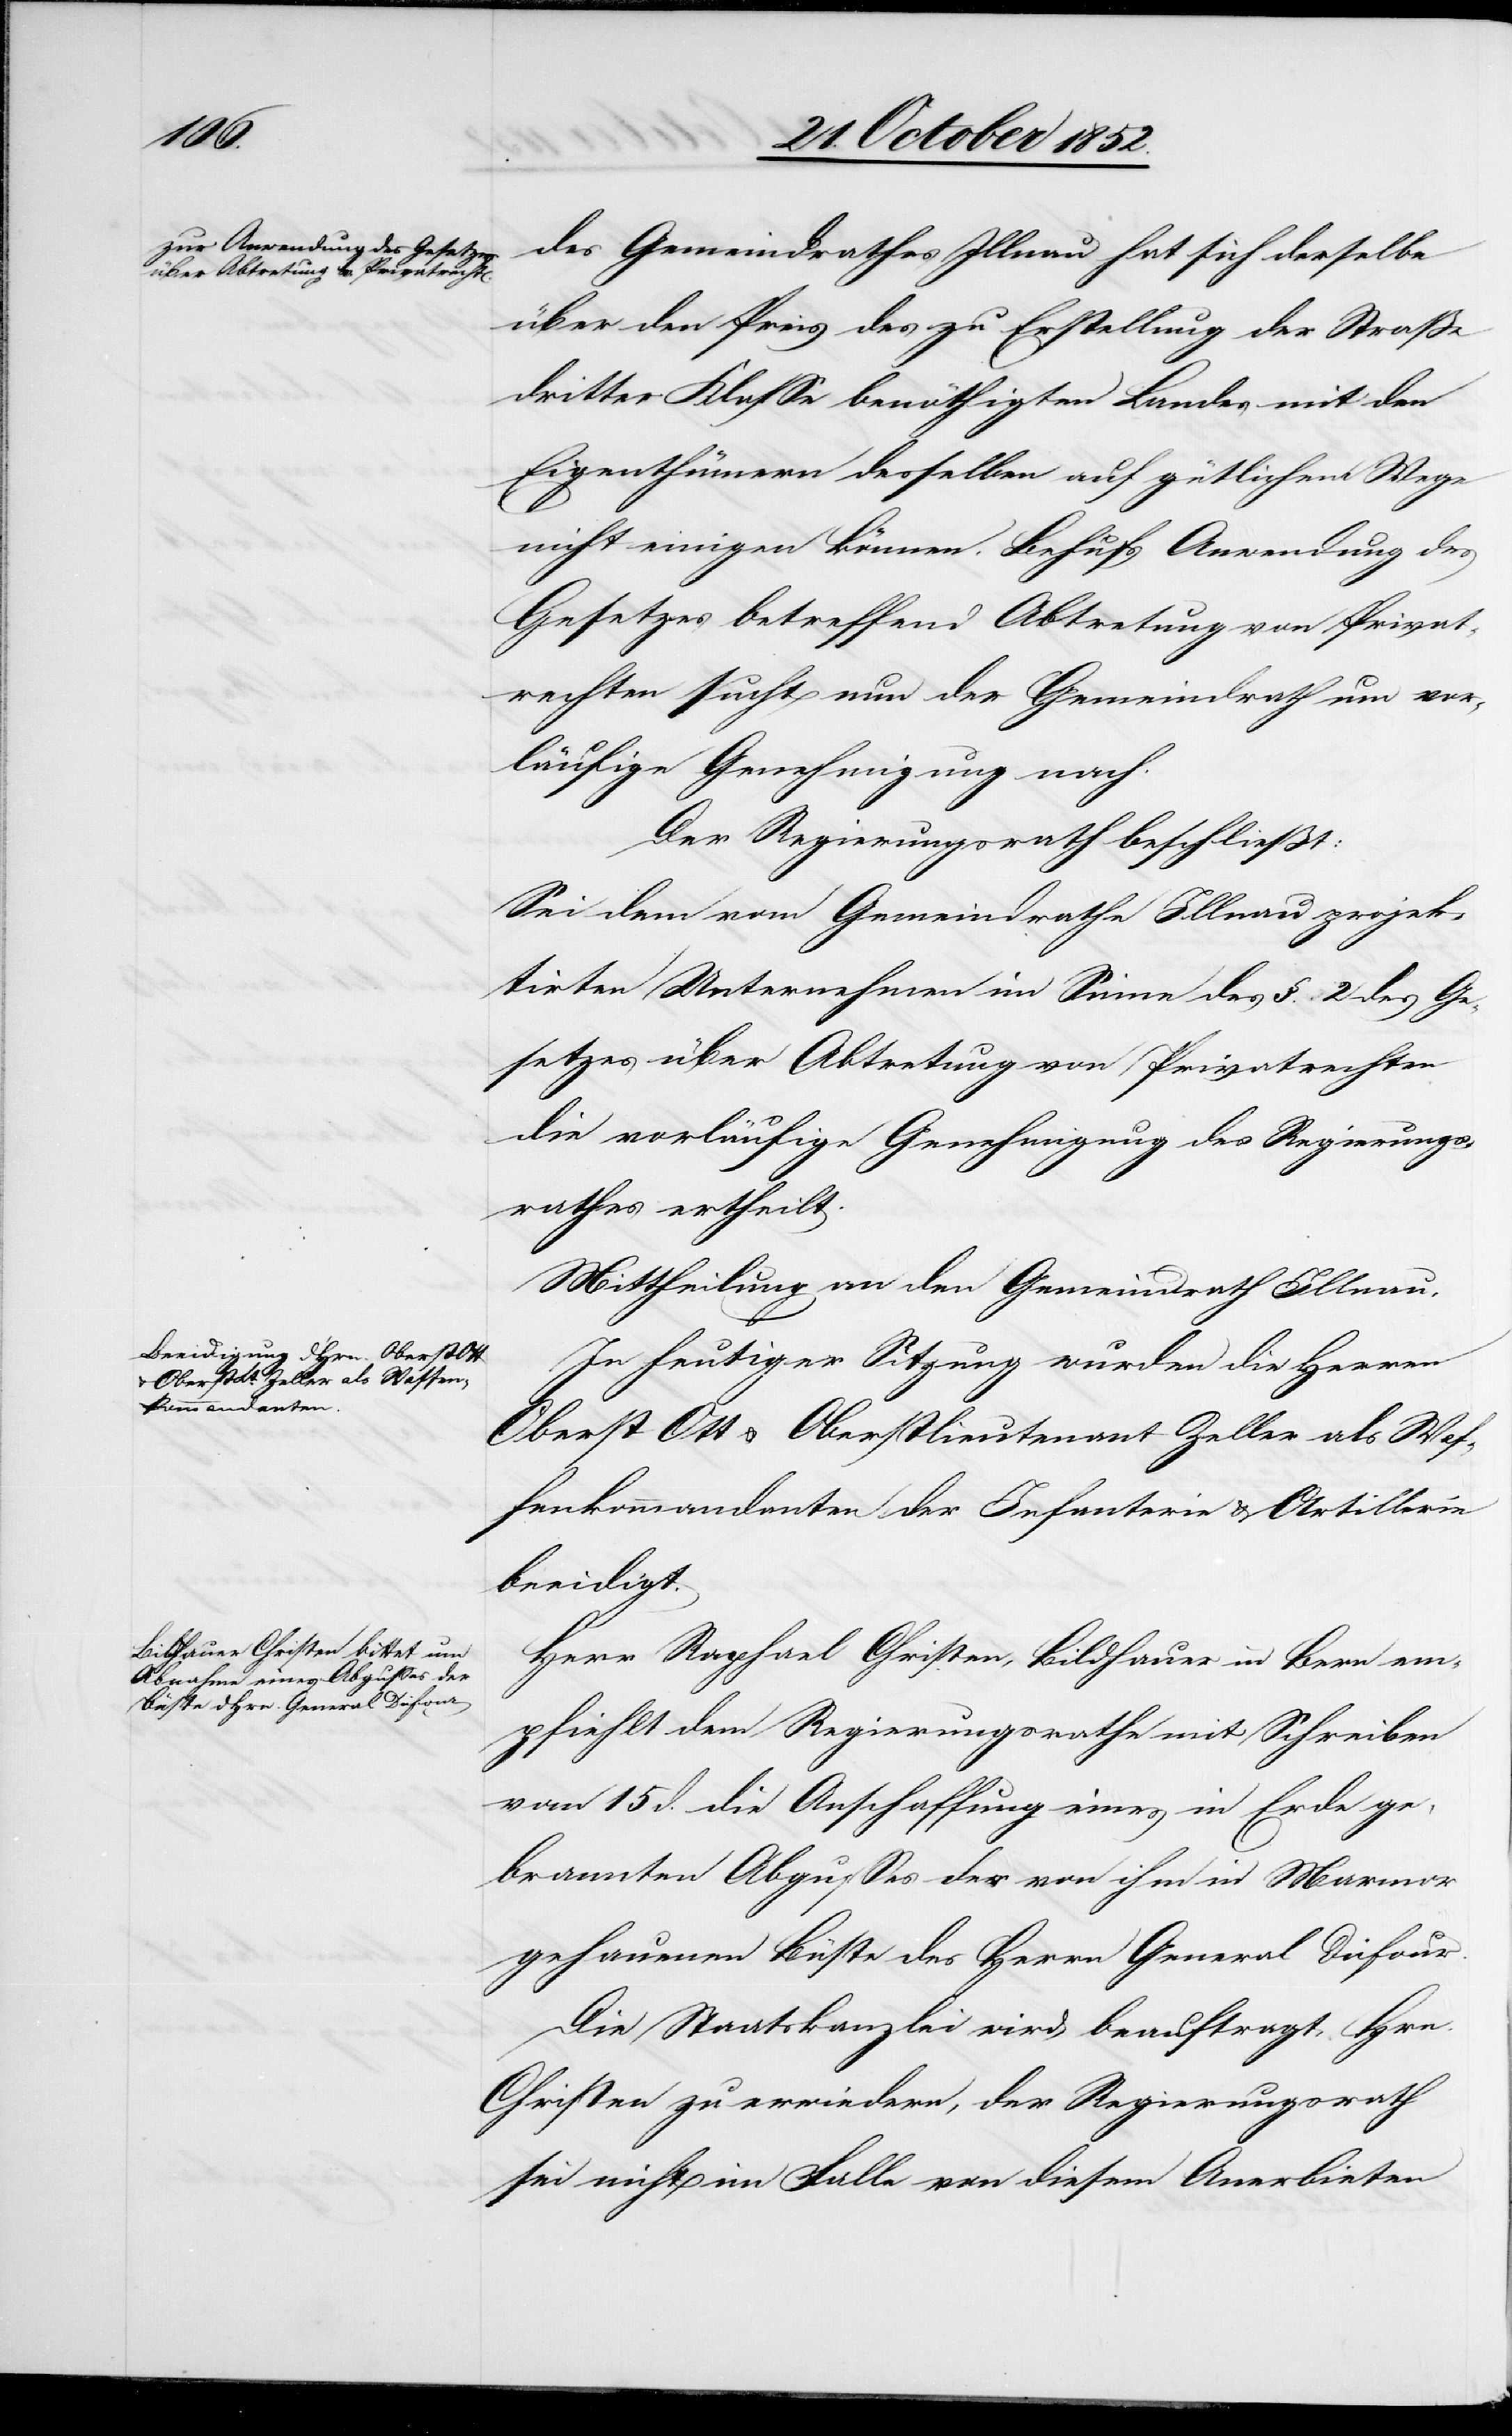
des Gemeindrathes Illnau hat sich derselbe
über den Preis des zu Erstellung der Straße
dritter Klasse benöthigten Landes mit den
Eigenthümern desselben auf gütlichem Wege
nicht einigen können. Behufs Anwendung des
Gesetzes betreffend Abtretung von Privat¬
rechten sucht nun der Gemeindrath um vor¬
läufige Genehmigung nach.
Der Regierungsrath beschließt:
Sei dem vom Gemeindrathe Illnau projek¬
tirten Unternehmen im Sinne des §. 2 des Ge¬
setzes über Abtretung von Privatrechten
die vorläufige Genehmigung des Regierungs¬
rathes ertheilt.
Mittheilung an den Gemeindrath Illnau.
In heutiger Sitzung wurden die Herren
Oberst Ott & Oberstlieutenant Zeller als Waf¬
fenkommandanten der Infanterie & Artillerie
beeidigt.
Herr Raphael Christen, Bildhauer in Bern em¬
pfiehlt dem Regierungsrathe mit Schreiben
vom 15 d. die Anschaffung eines in Erde ge¬
brannten Abgusses der von ihm in Marmor
gehauenen Büste des Herrn General Düfour.
Die Staatskanzlei wird beauftragt, Hrn.
Christen zu erwiedern, der Regierungsrath
sei nicht im Falle von diesem Anerbieten